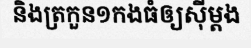
និងត្រកួន១កងធំឲ្យស៊ីម្តង